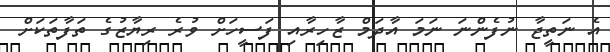
އެ ނަތީޖާ ނުފެންނަ ނަމަ އާދަމް ޒާހިރާއި ފަސީހަށް ވުރެ ރިޔާޒުގެ ތަފާތަކަށް